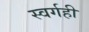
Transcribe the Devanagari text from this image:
स्वर्गही